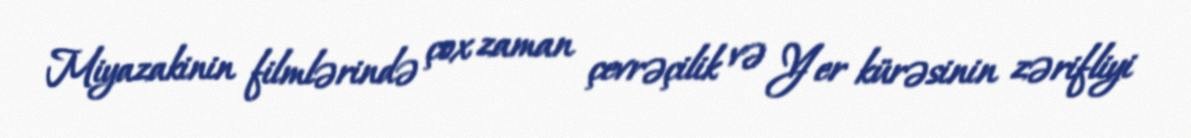
Miyazakinin filmlərində çox zaman çevrəçilik və Yer kürəsinin zərifliyi